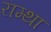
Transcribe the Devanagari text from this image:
राम्था